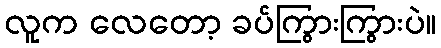
လူက လေတော့ ခပ်ကြွားကြွားပဲ။